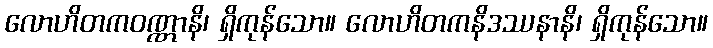
လောဟိတကဝဏ္ဏာနိ၊ ရှိကုန်သော။ လောဟိတကနိဒဿနာနိ၊ ရှိကုန်သော။